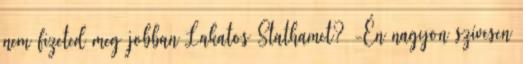
nem fizeted meg jobban Lakatos Stathamet? -Én nagyon szívesen